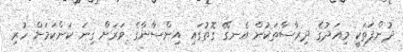
ދުންފަތަކީ މިއަދުގެ ދިރާސާތަކުން އެނގޭ ގޮތުގައި އިންސާނާގެ ވަރަށް ގިނަ ކަންކަމަށް ހުރި